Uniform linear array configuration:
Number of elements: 32
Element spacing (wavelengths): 0.25
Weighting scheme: exponential
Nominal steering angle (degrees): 30
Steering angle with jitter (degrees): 30.728
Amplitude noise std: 0.05
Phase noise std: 0.05

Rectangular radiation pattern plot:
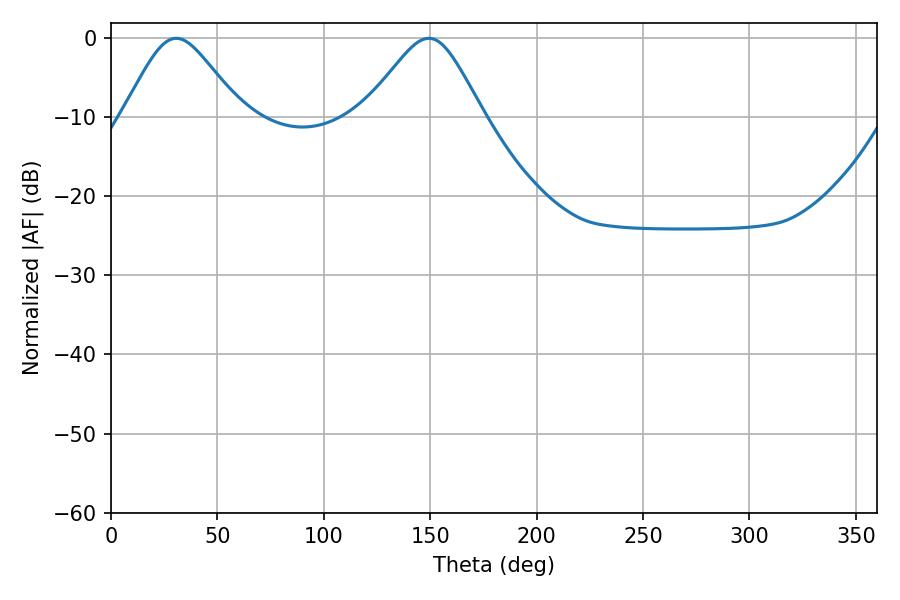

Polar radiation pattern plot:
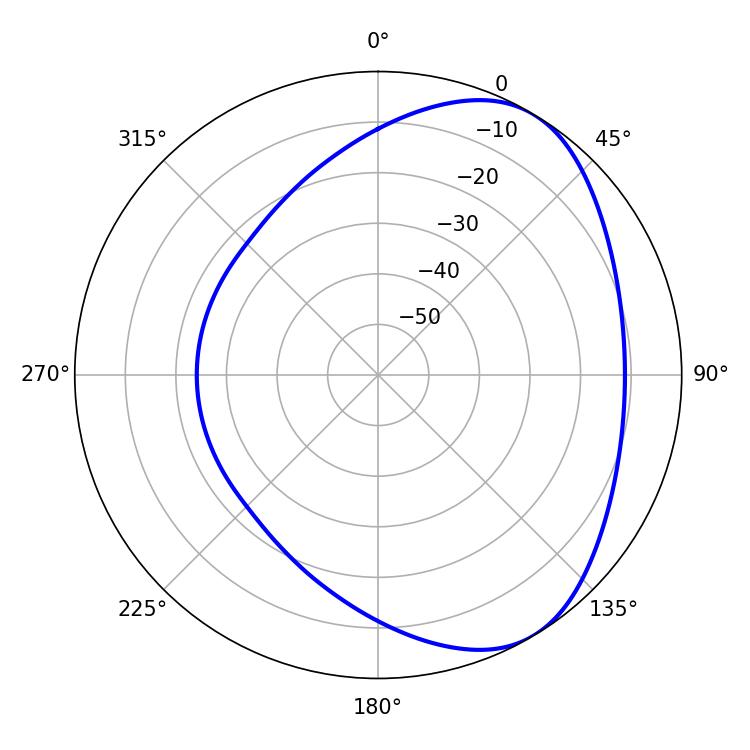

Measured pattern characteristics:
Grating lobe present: FALSE
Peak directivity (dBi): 4.983
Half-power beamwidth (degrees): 27.18
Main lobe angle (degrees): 30.6